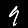
Label: 9